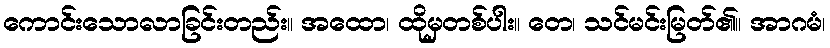
ကောင်းသောလာခြင်းတည်း။ အထော၊ ထိုမှတစ်ပါး။ တေ၊ သင်မင်းမြတ်၏။ အာဂမံ၊